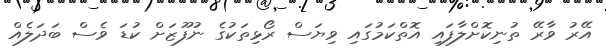
އޭރު ވާރޭ ތުނިކޮށްލާފައި އޮތްކަމުގައި ވިޔަސް ރޯޅިތަކުގެ ނުފޫޒަށް ކުޑަ ވެސް ބަދަލެއް